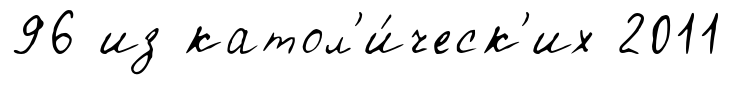
96 из катол'и́ческ'их 2011